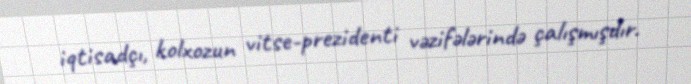
iqtisadçı, kolxozun vitse-prezidenti vəzifələrində çalışmışdır.